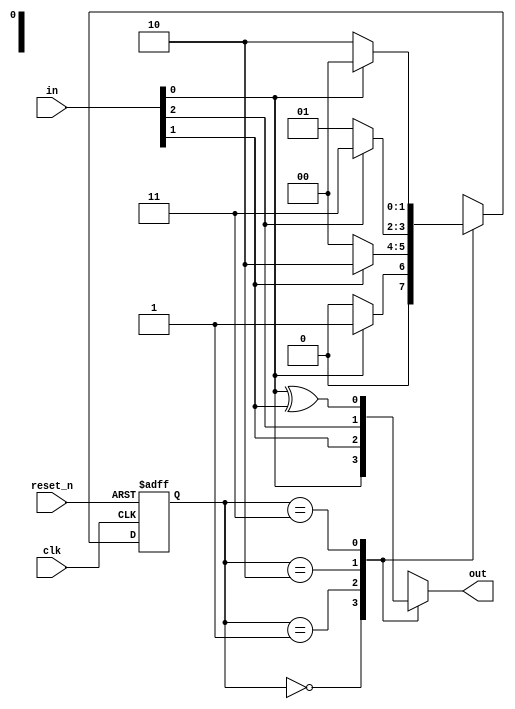
module MealyFSM #(
    parameter integer NUM_STATES = 4,  // Number of states
    parameter integer INPUT_WIDTH = 3   // Width of the input
)(
    input wire clk,
    input wire reset_n,                  // Active-low reset
    input wire [INPUT_WIDTH-1:0] in,    // Variable input vector
    output reg out                       // Output of the FSM
);

    // State encoding (using binary representation)
    localparam STATE_0 = 2'b00;
    localparam STATE_1 = 2'b01;
    localparam STATE_2 = 2'b10;
    localparam STATE_3 = 2'b11;

    reg [1:0] current_state, next_state;

    // State transition logic (combinational)
    always @(*) begin
        case (current_state)
            STATE_0: begin
                if (in[0]) 
                    next_state = STATE_1;
                else 
                    next_state = STATE_0;
            end

            STATE_1: begin
                if (in[1]) 
                    next_state = STATE_2;
                else 
                    next_state = STATE_0;
            end

            STATE_2: begin
                if (in[2]) 
                    next_state = STATE_3;
                else 
                    next_state = STATE_1;
            end

            STATE_3: begin
                if (in[0]) 
                    next_state = STATE_0;
                else 
                    next_state = STATE_2;
            end

            default: next_state = STATE_0; // Default case
        endcase
    end

    // Output logic (Mealy output)
    always @(*) begin
        // Default output
        out = 1'b0; 
        
        case (current_state)
            STATE_0: out = in[0]; // Output logic based on current state and input
            STATE_1: out = in[1];
            STATE_2: out = in[2];
            STATE_3: out = in[0] ^ in[1]; // Output depends on multiple inputs
            default: out = 1'b0; // Default case
        endcase
    end

    // State register (sequential)
    always @(posedge clk or negedge reset_n) begin
        if (!reset_n)
            current_state <= STATE_0; // Asynchronous reset, go to initial state
        else
            current_state <= next_state; // Transition to the next state
    end

endmodule